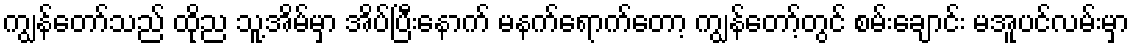
ကျွန်တော်သည် ထိုည သူ့အိမ်မှာ အိပ်ပြီးနောက် မနက်ရောက်တော့ ကျွန်တော့်တွင် စမ်းချောင်း မအူပင်လမ်းမှာ